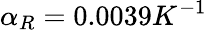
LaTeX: \alpha_{R}=0.0039K^{-1}